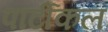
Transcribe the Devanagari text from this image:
पार्टीकल